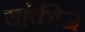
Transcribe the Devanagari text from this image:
यांकीज